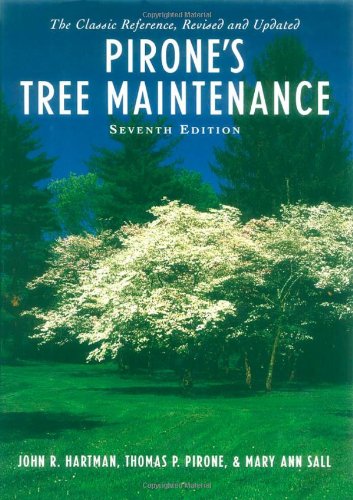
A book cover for Pirone's Tree Maintenance; John R. Hartman; Crafts, Hobbies & Home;